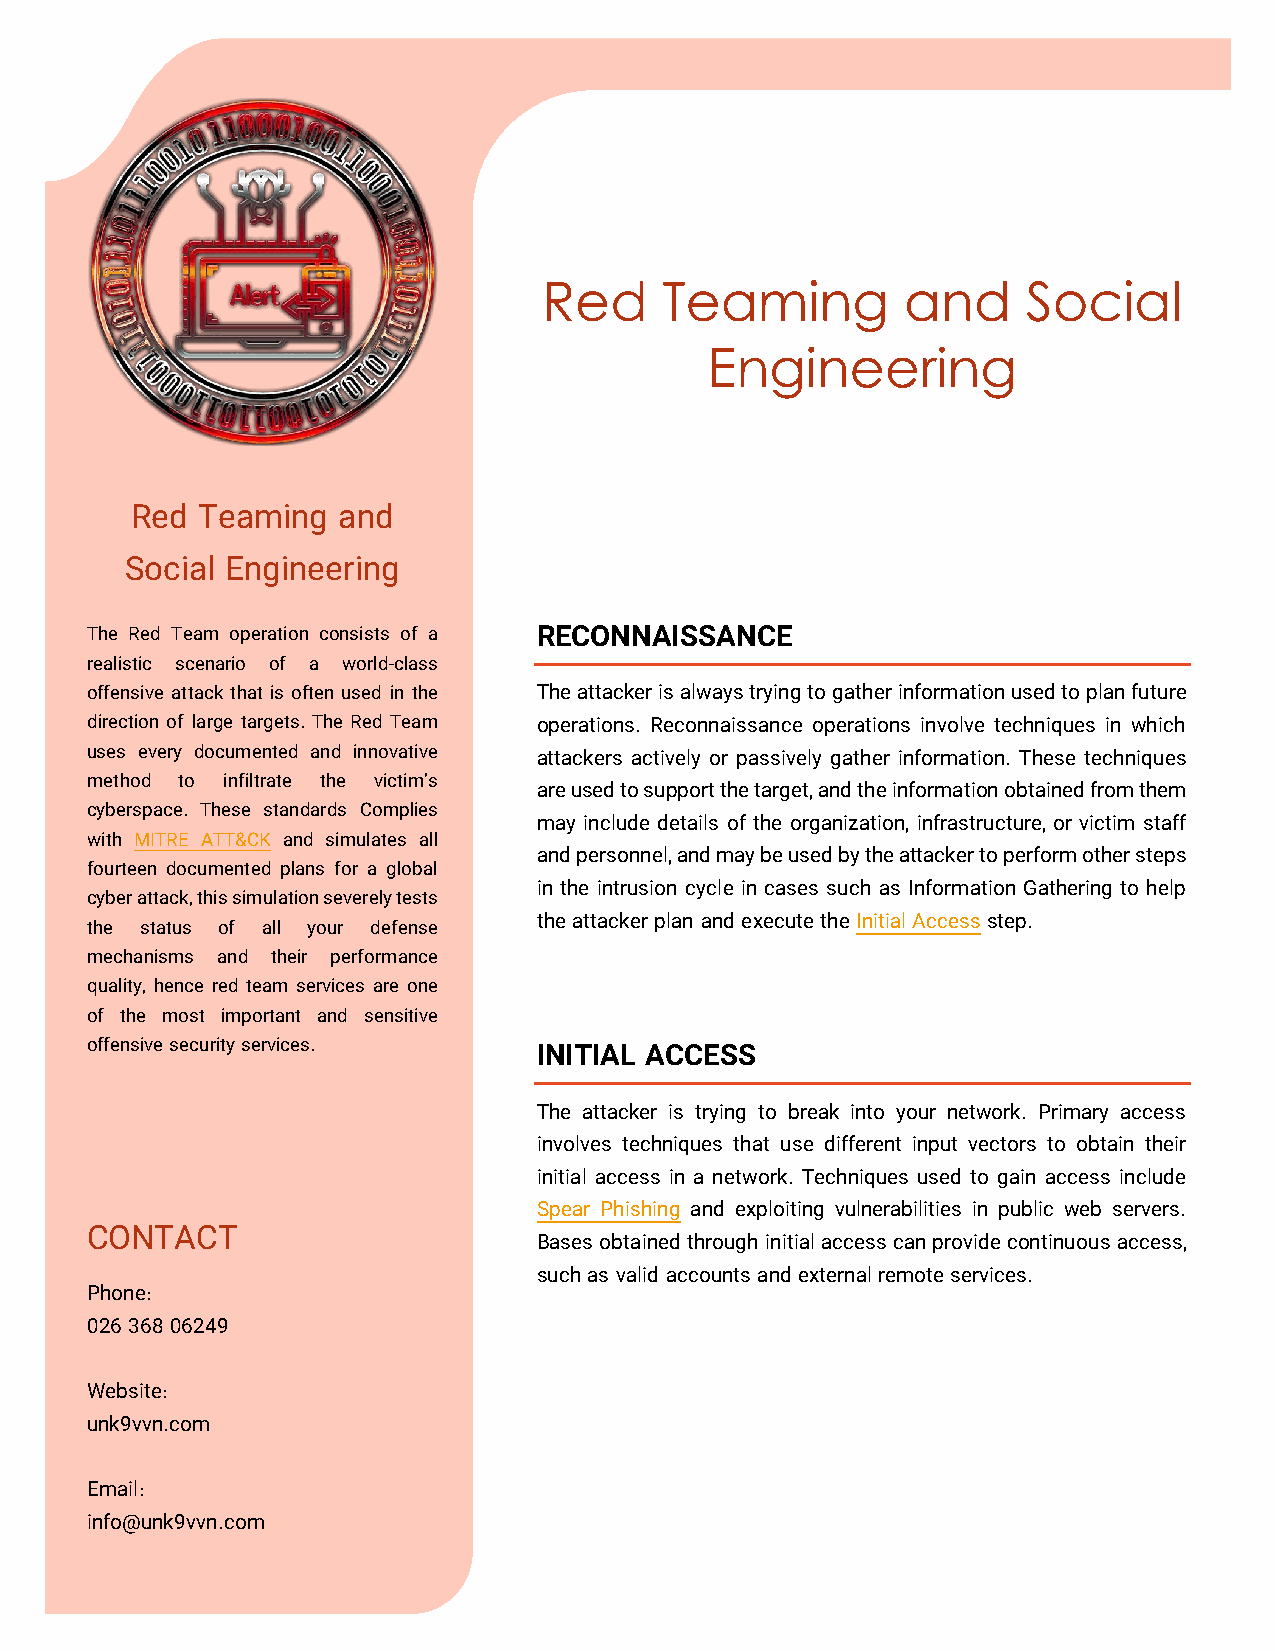
Red     Teaming         and     Social
 Engineering
 Red Teaming  and
 Social Engineering
 The Red Team operation consists of a RECONNAISSANCE
 realistic scenario of a world-class
 offensive attack that is often used in the The attacker is always trying to gather information used to plan future
 direction of large targets. The Red Team operations. Reconnaissance operations involve techniques in which
 uses every documented and innovative attackers actively or passively gather information. These techniques
 method to infiltrate the victim’s
 are used to support the target, and the information obtained from them
 cyberspace. These standards Complies
 may include details of the organization, infrastructure, or victim staff
 with MITRE ATT&CK and simulates all
 and personnel, and may be used by the attacker to perform other steps
 fourteen documented plans for a global
 in the intrusion cycle in cases such as Information Gathering to help
 cyber attack, this simulation severely tests
 the attacker plan and execute the Initial Access step.
 the status of all your defense
 mechanisms and their performance
 quality, hence red team services are one
 of the most important and sensitive
 offensive security services.
 INITIAL ACCESS
 The attacker is trying to break into your network. Primary access
 involves techniques that use different input vectors to obtain their
 initial access in a network. Techniques used to gain access include
 Spear Phishing and exploiting vulnerabilities in public web servers.
 CONTACT                       Bases obtained through initial access can provide continuous access,
 such as valid accounts and external remote services.
 Phone :
 026 368 06249
 Website:
 unk9vvn.com
 Email :
 info@unk9vvn.com